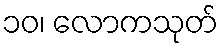
၁၀၊ လောကသုတ်